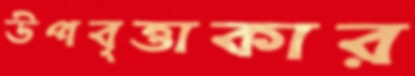
উপবৃত্তাকার